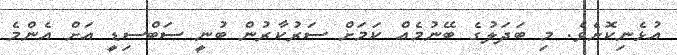
އުޅެނިކޮށެވެ. މި ބަދަލުގެ ބޭނުމެއް ކަމަށް ސަރުކާރުން ބުނީ ސަބްސިޑީ އަށް އެންމެ